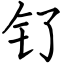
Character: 钌